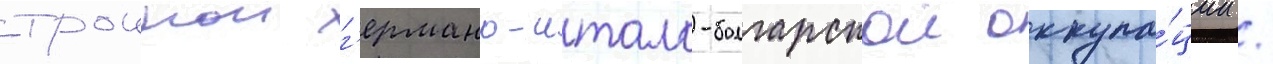
троинои г'ермано-итало-болгарскои оккупа́ции /